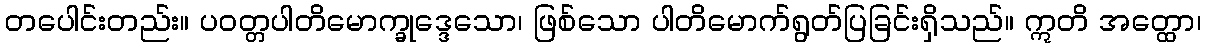
တပေါင်းတည်း။ ပဝတ္တပါတိမောက္ခုဒ္ဒေသော၊ ဖြစ်သော ပါတိမောက်ရွတ်ပြခြင်းရှိသည်။ ဣတိ အတ္ထော၊